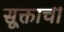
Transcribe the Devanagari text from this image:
सूक्ताची